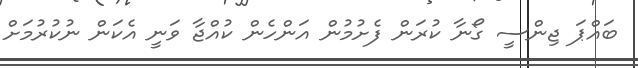
ބައްޕަ ޖިންސީ ގޯނާ ކުރަން ފެށުމުން އަންހެން ކުއްޖާ ވަނީ އެކަން ނުކުރުމަށް